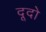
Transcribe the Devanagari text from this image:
दूदो